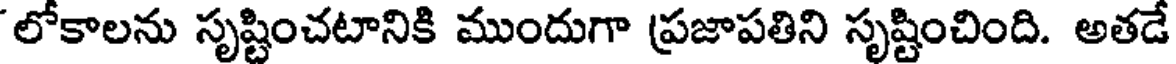
లోకాలను సృష్టించటానికి ముందుగా ప్రజాపతిని సృష్టించింది. అతడే